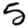
Digit: 5